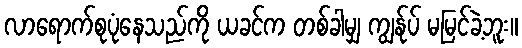
လာရောက်စုပုံနေသည်ကို ယခင်က တစ်ခါမျှ ကျွန်ုပ် မမြင်ခဲ့ဘူး။